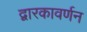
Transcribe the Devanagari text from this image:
द्वारकावर्णन